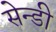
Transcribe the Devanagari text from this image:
सेन्डी